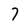
Character: 7